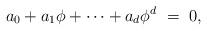
LaTeX: \begin{align*}a_0 + a_1 \phi + \cdots + a_d \phi^d \ = \ 0,\end{align*}